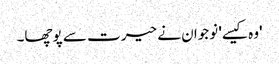
'وہ کیسے' نوجوان نے حیرت سے پوچھا۔